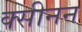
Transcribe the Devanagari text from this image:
क्सीनन